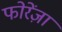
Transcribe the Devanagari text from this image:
फोरेंज़ा